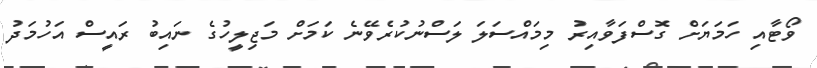
ވޯޓާއި ހަމަޔަށް ގޮސްފަވާއިރު މިމައްސަލަ ލަސްނުކުރެވޭނެ ކަމަށް މަޖިލީހުގެ ނައިބު ރައީސް އަހުމަދު